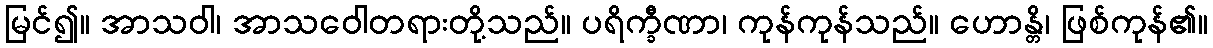
မြင်၍။ အာသဝါ၊ အာသဝေါတရားတို့သည်။ ပရိက္ခီဏာ၊ ကုန်ကုန်သည်။ ဟောန္တိ၊ ဖြစ်ကုန်၏။